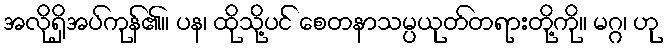
အလိုရှိအပ်ကုန်၏။ ပန၊ ထိုသို့ပင် စေတနာသမ္ပယုတ်တရားတို့ကို။ မဂ္ဂ၊ ဟု